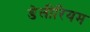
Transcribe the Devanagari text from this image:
डेलीरियम